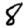
Digit: 8